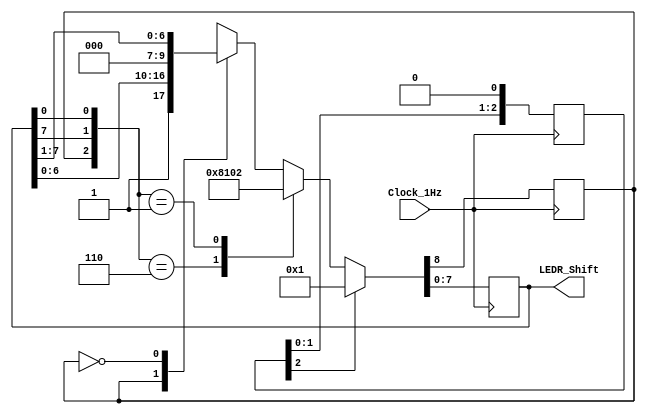

module test(input Clock_1Hz, output[7:0] LEDR_Shift);
reg shift_left;
reg [7:0] LED;
reg [2:0] rst_pipe = 3'b11;
wire reset = rst_pipe[2];

assign LEDR_Shift = LED;

always @(posedge Clock_1Hz) 
begin
    rst_pipe <= {rst_pipe, 1'b0};
    if (reset) begin
        {shift_left, LED} <= {1'b0, 8'b00000001};
    end
    else begin
    casex ({shift_left, LED[7], LED[0]})
      3'b110:{shift_left, LED} <= {1'b0, 8'b01000000};
      3'b001:{shift_left, LED} <= {1'b1, 8'b00000010};
      3'b1xx:{shift_left, LED} <= {shift_left, LED << 1};
      3'b0xx:{shift_left, LED} <= {shift_left, LED >> 1};
      default: {shift_left, LED} <= {1'b1, {7{1'b0}}, 1'b1};
    endcase
    end

end



endmodule